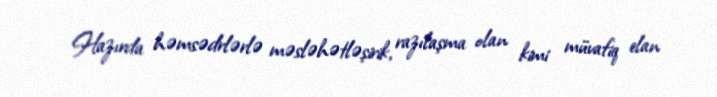
Hazırda həmsədrlərlə məsləhətləşirik, razılaşma olan kimi müvafiq elan